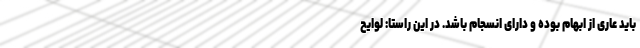
باید عاری از ابهام بوده و دارای انسجام باشد. در این راستا: لوایح